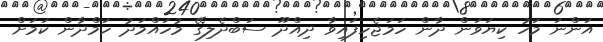
އަންނަ މަހު ކިޔަވަން ދާން ހަމަޖެހިފައިވާ ދިއްދޫ ސަބްދެލިގޭ މުހައްމަދު ހަމްދާން ކަމަށް